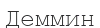
Деммин